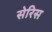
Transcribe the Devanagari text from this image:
सेरिस